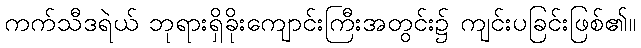
ကက်သီဒရဲယ် ဘုရားရှိခိုးကျောင်းကြီးအတွင်း၌ ကျင်းပခြင်းဖြစ်၏။